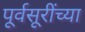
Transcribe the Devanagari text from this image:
पूर्वसूरींच्या